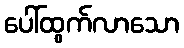
ပေါ်ထွက်လာသော